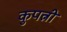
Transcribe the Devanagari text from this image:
कुपत्नी